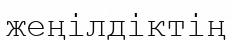
жеңілдіктің